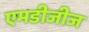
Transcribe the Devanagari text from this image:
एमडीजीज